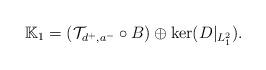
LaTeX: \begin{align*}\mathbb{K}_1=(\mathcal{T}_{d^+,a^-}\circ B)\oplus \ker(D|_{L^2_1}).\end{align*}